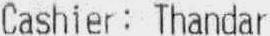
CASHIER: THANDAR